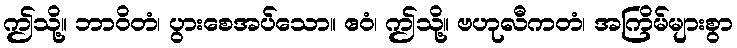
ဤသို့။ ဘာဝိတံ၊ ပွားစေအပ်သော။ ဧဝံ၊ ဤသို့။ ဗဟုလီကတံ၊ အကြိမ်များစွာ